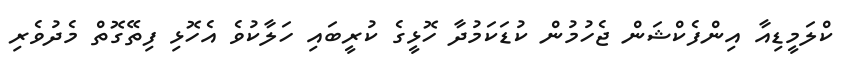
ކްލަމީޑިއާ އިންފެކްޝަން ޖެހުމުން ކުޑަކަމުދާ ހޮޅީގެ ކުރީބައި ހަލާކުވެ އެހޮޅި ފިތޭގޮތް މެދުވެރި